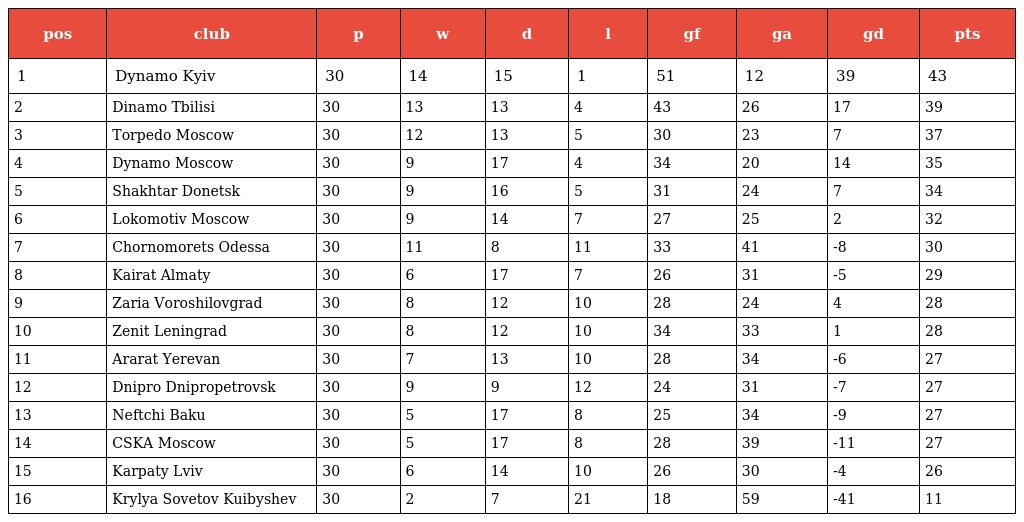
| pos | club | p | w | d | l | gf | ga | gd | pts |
 | --- | --- | --- | --- | --- | --- | --- | --- | --- | --- |
 | 1 | Dynamo Kyiv | 30 | 14 | 15 | 1 | 51 | 12 | 39 | 43 |
 | 2 | Dinamo Tbilisi | 30 | 13 | 13 | 4 | 43 | 26 | 17 | 39 |
 | 3 | Torpedo Moscow | 30 | 12 | 13 | 5 | 30 | 23 | 7 | 37 |
 | 4 | Dynamo Moscow | 30 | 9 | 17 | 4 | 34 | 20 | 14 | 35 |
 | 5 | Shakhtar Donetsk | 30 | 9 | 16 | 5 | 31 | 24 | 7 | 34 |
 | 6 | Lokomotiv Moscow | 30 | 9 | 14 | 7 | 27 | 25 | 2 | 32 |
 | 7 | Chornomorets Odessa | 30 | 11 | 8 | 11 | 33 | 41 | -8 | 30 |
 | 8 | Kairat Almaty | 30 | 6 | 17 | 7 | 26 | 31 | -5 | 29 |
 | 9 | Zaria Voroshilovgrad | 30 | 8 | 12 | 10 | 28 | 24 | 4 | 28 |
 | 10 | Zenit Leningrad | 30 | 8 | 12 | 10 | 34 | 33 | 1 | 28 |
 | 11 | Ararat Yerevan | 30 | 7 | 13 | 10 | 28 | 34 | -6 | 27 |
 | 12 | Dnipro Dnipropetrovsk | 30 | 9 | 9 | 12 | 24 | 31 | -7 | 27 |
 | 13 | Neftchi Baku | 30 | 5 | 17 | 8 | 25 | 34 | -9 | 27 |
 | 14 | CSKA Moscow | 30 | 5 | 17 | 8 | 28 | 39 | -11 | 27 |
 | 15 | Karpaty Lviv | 30 | 6 | 14 | 10 | 26 | 30 | -4 | 26 |
 | 16 | Krylya Sovetov Kuibyshev | 30 | 2 | 7 | 21 | 18 | 59 | -41 | 11 |